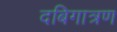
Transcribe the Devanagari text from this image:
दबिगात्रण